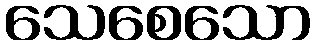
သေစေသော